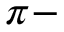
\protect \pi -